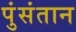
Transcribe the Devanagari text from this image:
पुंसंतान